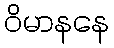
ဝိမာနနေ